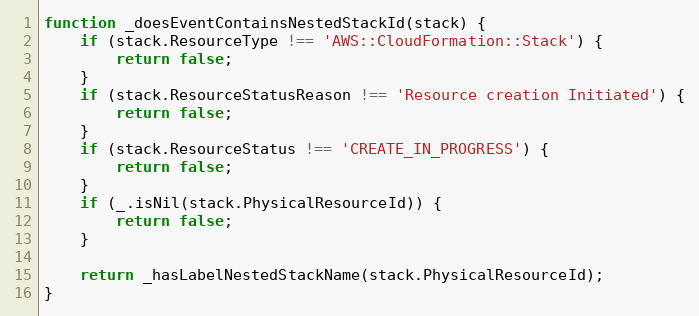
Language: JavaScript
function _doesEventContainsNestedStackId(stack) {
    if (stack.ResourceType !== 'AWS::CloudFormation::Stack') {
        return false;
    }
    if (stack.ResourceStatusReason !== 'Resource creation Initiated') {
        return false;
    }
    if (stack.ResourceStatus !== 'CREATE_IN_PROGRESS') {
        return false;
    }
    if (_.isNil(stack.PhysicalResourceId)) {
        return false;
    }

    return _hasLabelNestedStackName(stack.PhysicalResourceId);
}